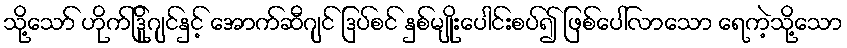
သို့သော် ဟိုက်ဒြိုဂျင်နှင့် အောက်ဆီဂျင် ဒြပ်စင် နှစ်မျိုးပေါင်းစပ်၍ ဖြစ်ပေါ်လာသော ရေကဲ့သို့သော